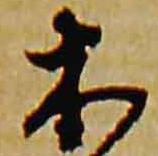
木